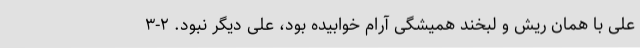
علی با همان ریش و لبخند همیشگی آرام خوابیده بود، علی دیگر نبود. ۲-۳